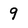
Character: 9